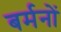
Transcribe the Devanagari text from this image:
बर्मनों